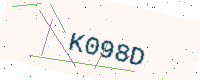
Text: K098D